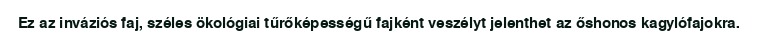
Ez az inváziós faj, széles ökológiai tűrőképességű fajként veszélyt jelenthet az őshonos kagylófajokra.